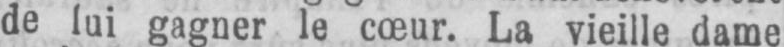
de lui gagner le cœur. La vieille dame